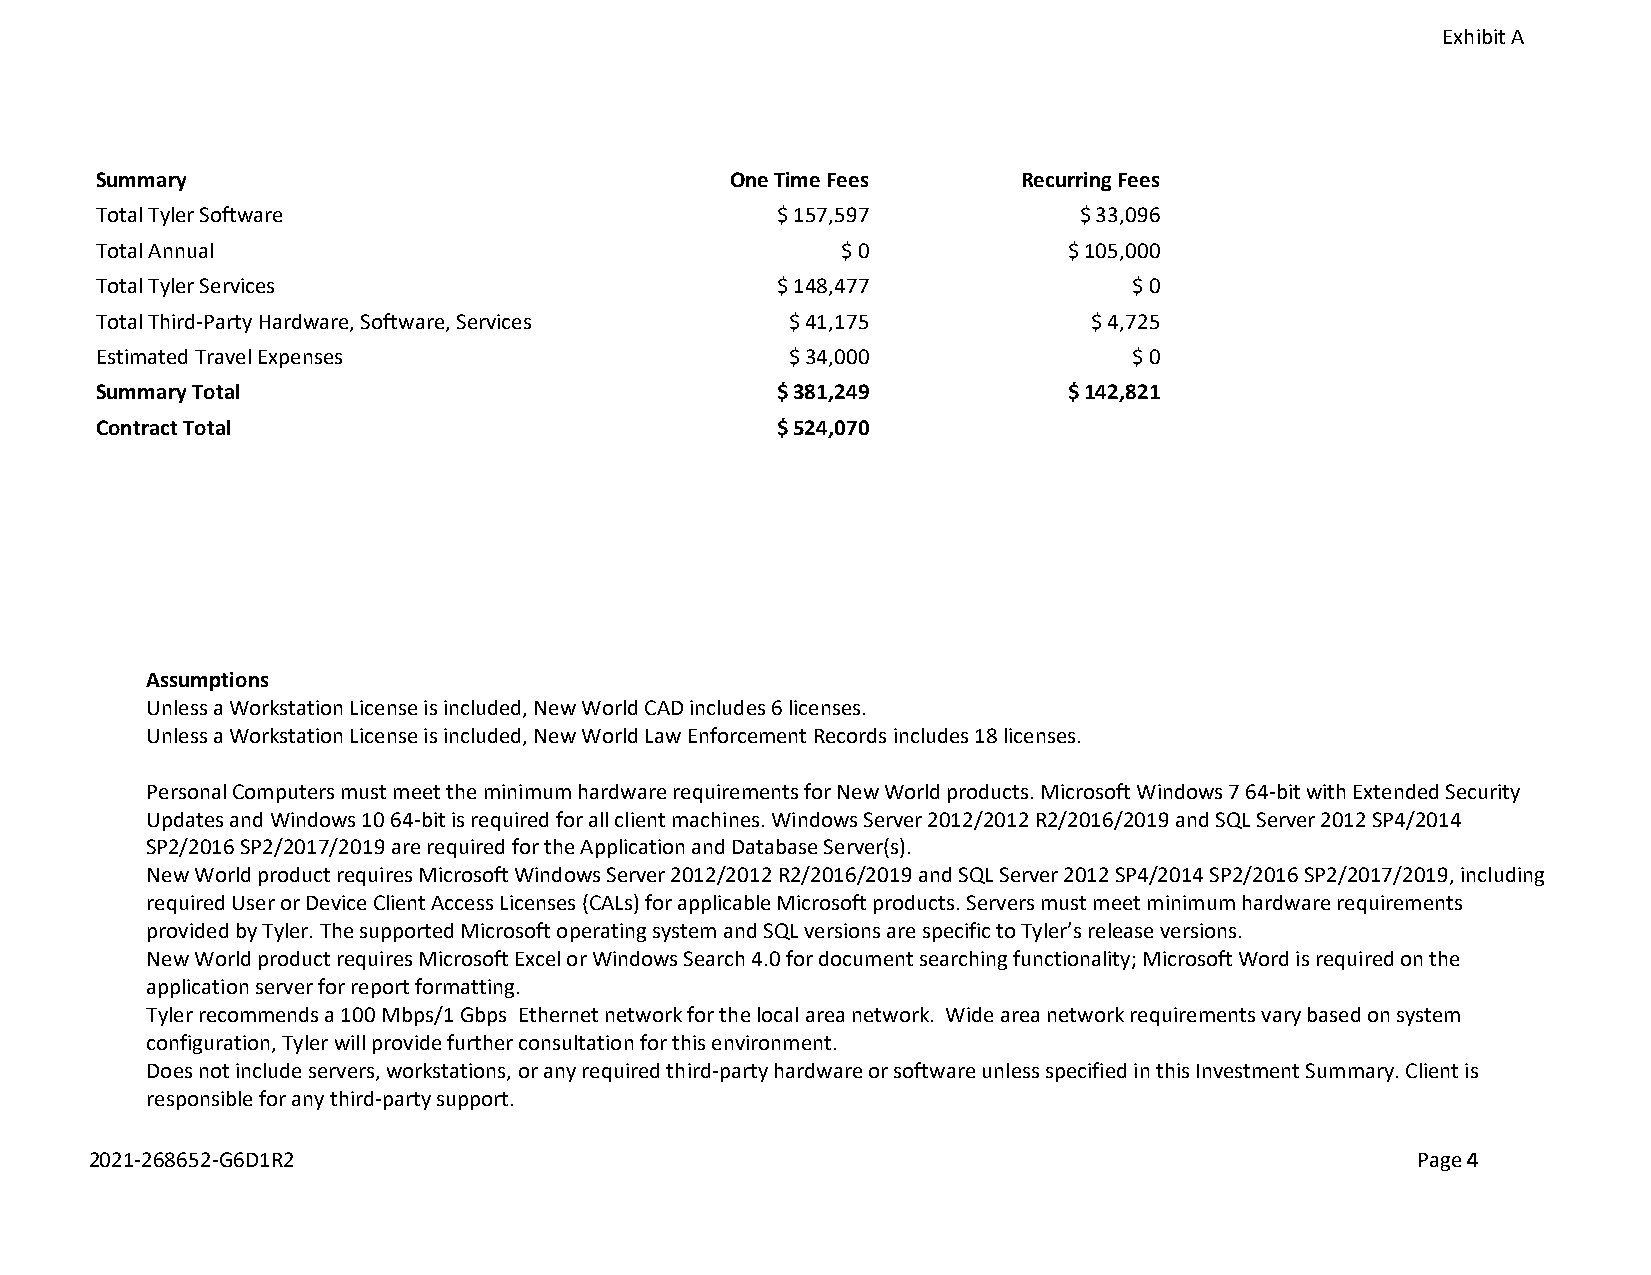
Exhibit A
 Summary                                   One Time Fees       Recurring Fees
 Total Tyler Software                         $ 157,597           $ 33,096
 Total Annual                                      $ 0            $ 105,000
 Total Tyler Services                         $ 148,477               $ 0
 Total Third-Party Hardware, Software, Services $ 41,175           $ 4,725
 Estimated Travel Expenses                     $ 34,000               $ 0
 Summary Total                                $ 381,249           $ 142,821
 Contract Total                               $ 524,070
 Assumptions
 Unless a Workstation License is included, New World CAD includes 6 licenses.
 Unless a Workstation License is included, New World Law Enforcement Records includes 18 licenses.
 Personal Computers must meet the minimum hardware requirements for New World products. Microsoft Windows 7 64-bit with Extended Security
 Updates and Windows 10 64-bit is required for all client machines. Windows Server 2012/2012 R2/2016/2019 and SQL Server 2012 SP4/2014
 SP2/2016 SP2/2017/2019 are required for the Application and Database Server(s).
 New World product requires Microsoft Windows Server 2012/2012 R2/2016/2019 and SQL Server 2012 SP4/2014 SP2/2016 SP2/2017/2019, including
 required User or Device Client Access Licenses (CALs) for applicable Microsoft products. Servers must meet minimum hardware requirements
 provided by Tyler. The supported Microsoft operating system and SQL versions are specific to Tyler’s release versions.
 New World product requires Microsoft Excel or Windows Search 4.0 for document searching functionality; Microsoft Word is required on the
 application server for report formatting.
 Tyler recommends a 100 Mbps/1 Gbps Ethernet network for the local area network. Wide area network requirements vary based on system
 configuration, Tyler will provide further consultation for this environment.
 Does not include servers, workstations, or any required third-party hardware or software unless specified in this Investment Summary. Client is
 responsible for any third-party support.
 2021-268652-G6D1R2                                                                      Page 4